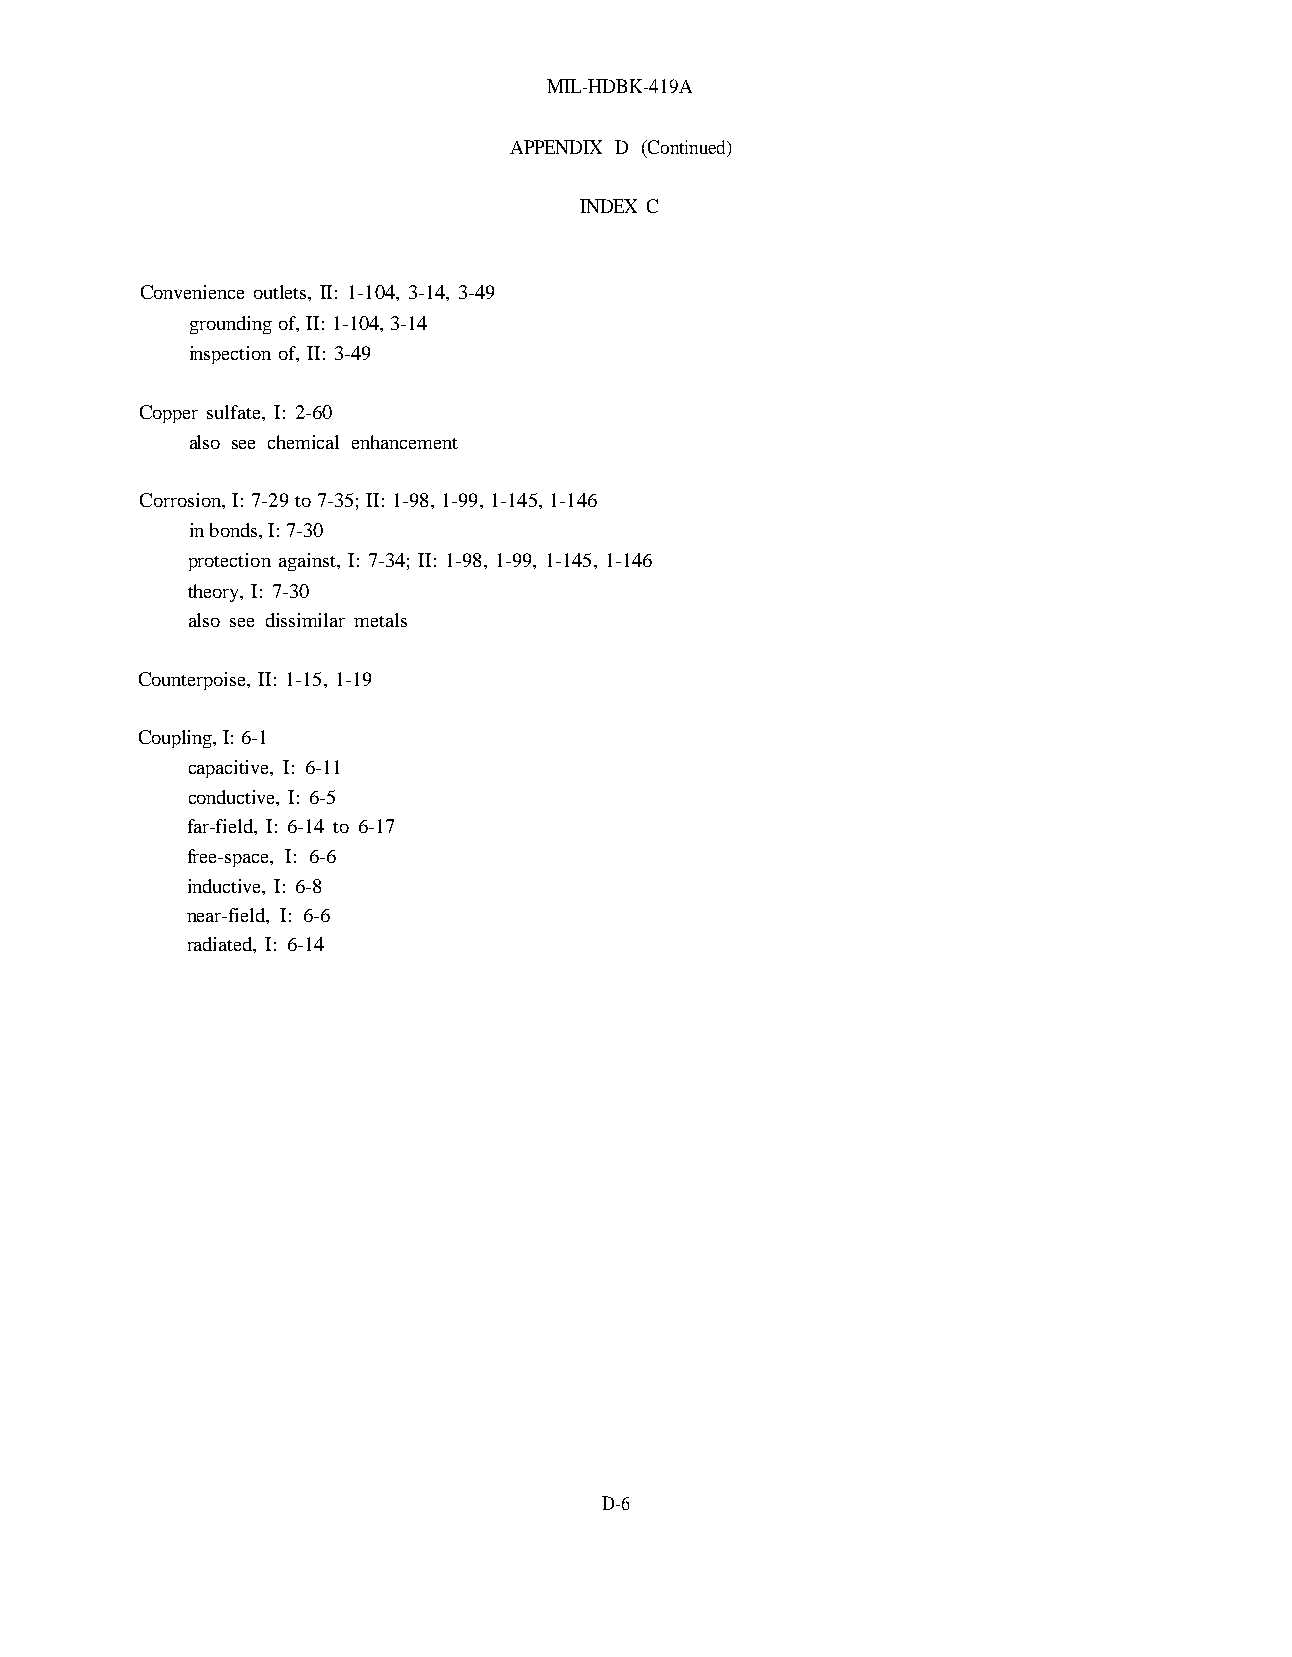
MIL-HDBK-419A
 APPENDIX D (Continued)
 INDEX C
 Convenience outlets, II: 1-104, 3-14, 3-49
 grounding of, II: 1-104, 3-14
 inspection of, II: 3-49
 Copper sulfate, I: 2-60
 also see chemical enhancement
 Corrosion, I: 7-29 to 7-35; II: 1-98, 1-99, 1-145, 1-146
 in bonds, I: 7-30
 protection against, I: 7-34; II: 1-98, 1-99, 1-145, 1-146
 theory, I: 7-30
 also see dissimilar metals
 Counterpoise, II: 1-15, 1-19
 Coupling, I: 6-1
 capacitive, I: 6-11
 conductive, I: 6-5
 far-field, I: 6-14 to 6-17
 free-space, I: 6-6
 inductive, I: 6-8
 near-field, I: 6-6
 radiated, I: 6-14
 D-6